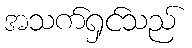
အသက်ရှင်သည်